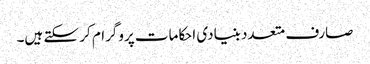
صارف متعدد بنیادی احکامات پروگرام کر سکتے ہیں۔